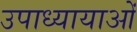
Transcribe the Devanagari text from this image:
उपाध्यायाओं